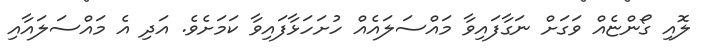
ލޮއި ގޯންޏެއް ވަގަށް ނަގާފައިވާ މައްސަލައެއް ހުށަހަޅާފައިވާ ކަމަށެވެ. އަދި އެ މައްސަލައާއި